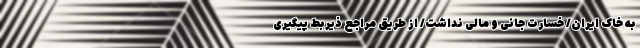
به خاک ایران/ خسارت جانی و مالی نداشت/ از طریق مراجع ذیربط پیگیری